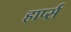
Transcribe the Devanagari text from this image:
हार्प्स